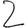
Digit: 2